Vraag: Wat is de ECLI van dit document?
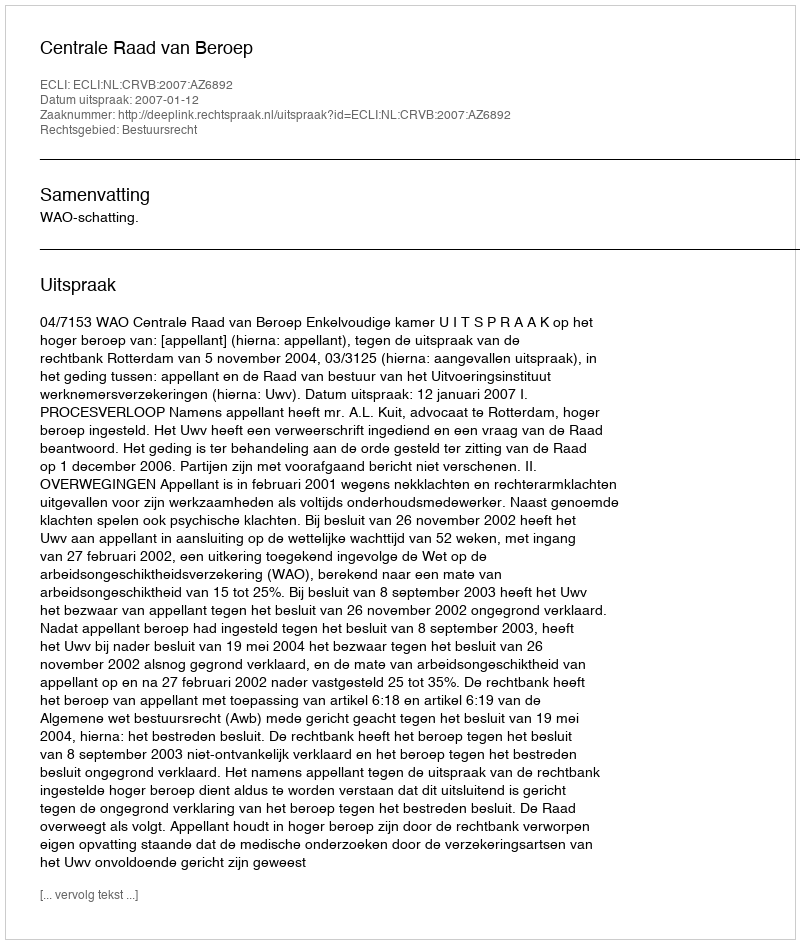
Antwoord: ECLI:NL:CRVB:2007:AZ6892